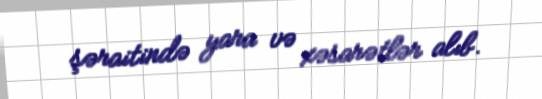
şəraitində yara və xəsarətlər alıb.